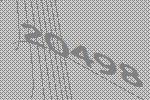
20498